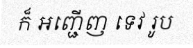
ក៏ អញ្ជើញ ទេវ រូប